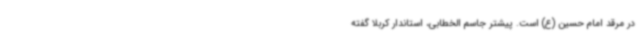
در مرقد امام حسین (ع) است. پیشتر جاسم الخطابی، استاندار کربلا گفته